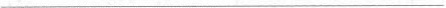
___